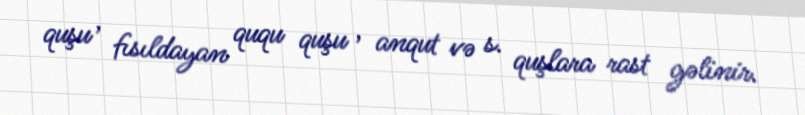
quşu , fısıldayan ququ quşu , anqut və s. quşlara rast gəlinir.